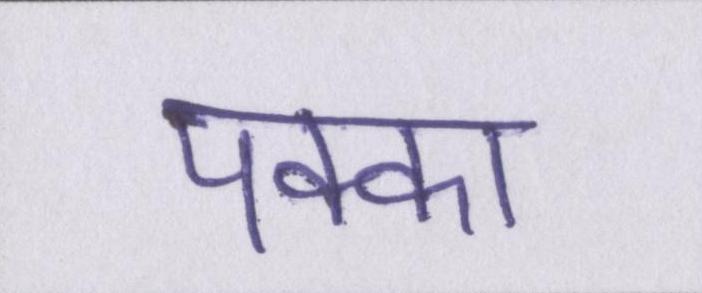
पक्का